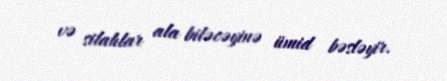
və silahlar ala biləcəyinə ümid bəsləyir.